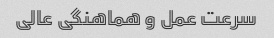
سرعت عمل و هماهنگی عالی